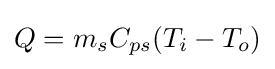
Q=m_{s}C_{ps}(T_{i}-T_{o})